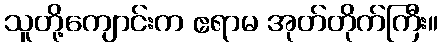
သူတို့ကျောင်းက ဧရာမ အုတ်တိုက်ကြီး။